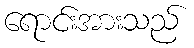
ရောင်းအားသည်